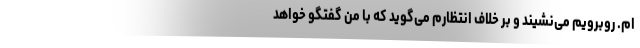
ام. روبرویم می‌نشیند و بر خلاف انتظارم می‌گوید که با من گفتگو خواهد